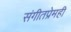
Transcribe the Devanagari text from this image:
संगीतप्रेमही